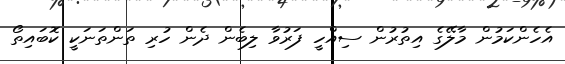
އެހެންކަމުން މާލޭގެ އިތުރުން ސިއްހީ ފަރުވާ ލިބެން ދެން ހުރި ތަންތަނަކީ ކޮބައިތޯ